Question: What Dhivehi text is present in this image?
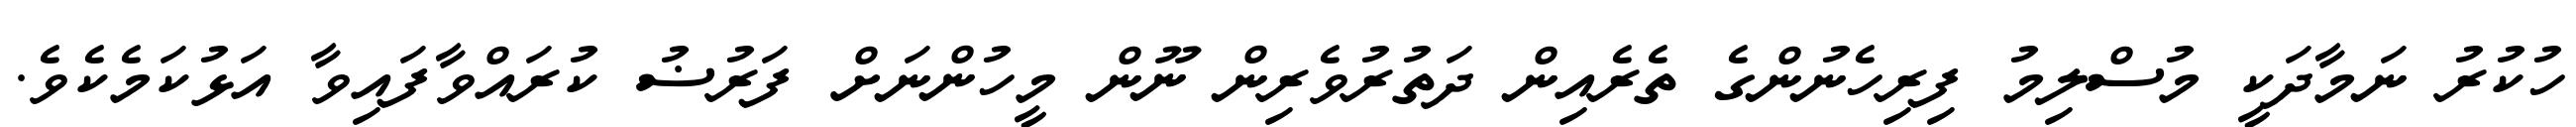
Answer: ހުކުރު ނަމާދަކީ މުސްލިމު ފިރިހެނުންގެ ތެރެއިން ދަތުރުވެރިން ނޫން މީހުންނަށް ފަރުޟު ކުރައްވާފައިވާ އަޅުކަމެކެވެ.